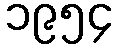
၁၉၅၄